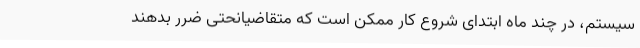
سیستم، در چند ماه ابتدای شروع کار ممکن است که متقاضیانحتی ضرر بدهند